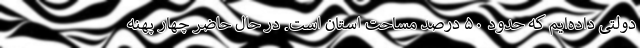
دولتی داده‌ایم که حدود ۵۰ درصد مساحت استان است. در حال حاضر چهار پهنه